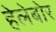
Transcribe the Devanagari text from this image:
हेलेबोर